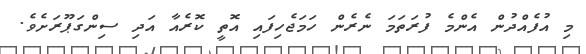
މި އުފެއްދުން އެންމެ ފުރަތަމަ ނެރެން ހަމަޖެހިފައި އޮތީ ކޮރެއާ އަދި ސިންގަޕޫރަށެވެ.